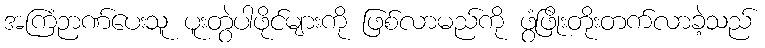
အကြံဉာဏ်ပေးသူ ပူးတွဲပါဖိုင်များကို ဖြစ်လာမည်ကို ဖွံဖြိုးတိုးတက်လာခဲ့သည်